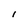
Character: I